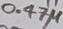
Text: 0.47µ